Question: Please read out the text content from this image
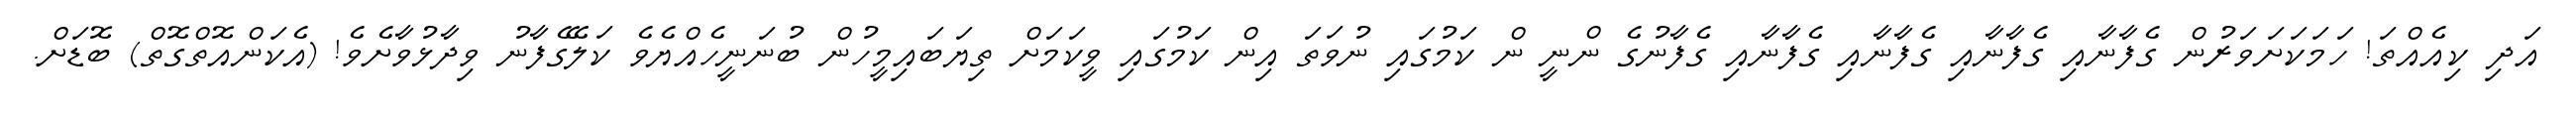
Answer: އަދި ކިއެއްތަ! ހަމަކަށަވަރުން ގެފާނާއި ގެފާނާއި ގެފާނާއި ގެފާނާއި ގެފާނުގެ ންނީ ން ކަމުގައި ނުވަތަ އިން ކަމުގައި ވީކަމަށް ތިޔަބައިމީހުން ބުނަނީހެއްޔެވެ ކަލޭގެފާނު ވިދާޅުވާށެވެ! (އެކަންއޮތްގޮތް) ބޮޑަށް.